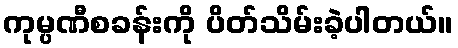
ကုမ္ပဏီစခန်းကို ပိတ်သိမ်းခဲ့ပါတယ်။